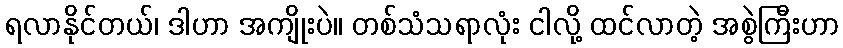
ရလာနိုင်တယ်၊ ဒါဟာ အကျိုးပဲ။ တစ်သံသရာလုံး ငါလို့ ထင်လာတဲ့ အစွဲကြီးဟာ